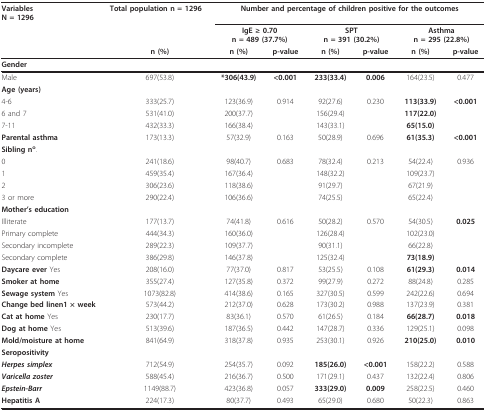
<table><thead><tr><td><b>VariablesN = 1296</b></td><td><b>Total population n = 1296</b></td><td colspan="6"><b>Number and percentage of children positive for the outcomes</b></td></tr><tr><td></td><td></td><td colspan="2"><b>IgE ≥ 0.70n = 489 (37.7%)</b></td><td colspan="2"><b>SPTn = 391 (30.2%)</b></td><td colspan="2"><b>Asthman = 295 (22.8%)</b></td></tr><tr><td></td><td><b>n (%)</b></td><td><b>n (%)</b></td><td><b>p-value</b></td><td><b>n (%)</b></td><td><b>p-value</b></td><td><b>n (%)</b></td><td><b>p-value</b></td></tr></thead><tbody><tr><td><b>Gender</b></td><td></td><td></td><td></td><td></td><td></td><td></td><td></td></tr><tr><td>Male</td><td>697(53.8)</td><td><b>*306(43.9)</b></td><td><b>&lt;0.001</b></td><td><b>233(33.4)</b></td><td><b>0.006</b></td><td>164(23.5)</td><td>0.477</td></tr><tr><td><b>Age (years)</b></td><td></td><td></td><td></td><td></td><td></td><td></td><td></td></tr><tr><td>4-6</td><td>333(25.7)</td><td>123(36.9)</td><td>0.914</td><td>92(27.6)</td><td>0.230</td><td><b>113(33.9)</b></td><td><b>&lt;0.001</b></td></tr><tr><td>6 and 7</td><td>531(41.0)</td><td>200(37.7)</td><td></td><td>156(29.4)</td><td></td><td><b>117(22.0)</b></td><td></td></tr><tr><td>7-11</td><td>432(33.3)</td><td>166(38.4)</td><td></td><td>143(33.1)</td><td></td><td><b>65(15.0)</b></td><td></td></tr><tr><td><b>Parental asthma</b></td><td>173(13.3)</td><td>57(32.9)</td><td>0.163</td><td>50(28.9)</td><td>0.696</td><td><b>61(35.3)</b></td><td><b>&lt;0.001</b></td></tr><tr><td><b>Sibling n<sup>o</sup></b>.</td><td></td><td></td><td></td><td></td><td></td><td></td><td></td></tr><tr><td>0</td><td>241(18.6)</td><td>98(40.7)</td><td>0.683</td><td>78(32.4)</td><td>0.213</td><td>54(22.4)</td><td>0.936</td></tr><tr><td>1</td><td>459(35.4)</td><td>167(36.4)</td><td></td><td>148(32.2)</td><td></td><td>109(23.7)</td><td></td></tr><tr><td>2</td><td>306(23.6)</td><td>118(38.6)</td><td></td><td>91(29.7)</td><td></td><td>67(21.9)</td><td></td></tr><tr><td>3 or more</td><td>290(22.4)</td><td>106(36.6)</td><td></td><td>74(25.5)</td><td></td><td>65(22.4)</td><td></td></tr><tr><td><b>Mother&#x27;s education</b></td><td></td><td></td><td></td><td></td><td></td><td></td><td></td></tr><tr><td>Illiterate</td><td>177(13.7)</td><td>74(41.8)</td><td>0.616</td><td>50(28.2)</td><td>0.570</td><td>54(30.5)</td><td><b>0.025</b></td></tr><tr><td>Primary complete</td><td>444(34.3)</td><td>160(36.0)</td><td></td><td>126(28.4)</td><td></td><td>102(23.0)</td><td></td></tr><tr><td>Secondary incomplete</td><td>289(22.3)</td><td>109(37.7)</td><td></td><td>90(31.1)</td><td></td><td>66(22.8)</td><td></td></tr><tr><td>Secondary complete</td><td>386(29.8)</td><td>146(37.8)</td><td></td><td>125(32.4)</td><td></td><td><b>73(18.9)</b></td><td></td></tr><tr><td><b>Daycare ever </b>Yes</td><td>208(16.0)</td><td>77(37.0)</td><td>0.817</td><td>53(25.5)</td><td>0.108</td><td><b>61(29.3)</b></td><td><b>0.014</b></td></tr><tr><td><b>Smoker at home</b></td><td>355(27.4)</td><td>127(35.8)</td><td>0.372</td><td>99(27.9)</td><td>0.272</td><td>88(24.8)</td><td>0.285</td></tr><tr><td><b>Sewage system </b>Yes</td><td>1073(82.8)</td><td>414(38.6)</td><td>0.165</td><td>327(30.5)</td><td>0.599</td><td>242(22.6)</td><td>0.694</td></tr><tr><td><b>Change bed linen1 × week</b></td><td>573(44.2)</td><td>212(37.0)</td><td>0.628</td><td>173(30.2)</td><td>0.988</td><td>137(23.9)</td><td>0.381</td></tr><tr><td><b>Cat at home </b>Yes</td><td>230(17.7)</td><td>83(36.1)</td><td>0.570</td><td>61(26.5)</td><td>0.184</td><td><b>66(28.7)</b></td><td><b>0.018</b></td></tr><tr><td><b>Dog at home </b>Yes</td><td>513(39.6)</td><td>187(36.5)</td><td>0.442</td><td>147(28.7)</td><td>0.336</td><td>129(25.1)</td><td>0.098</td></tr><tr><td><b>Mold/moisture at home</b></td><td>841(64.9)</td><td>318(37.8)</td><td>0.935</td><td>253(30.1)</td><td>0.926</td><td><b>210(25.0)</b></td><td><b>0.010</b></td></tr><tr><td><b>Seropositivity</b></td><td></td><td></td><td></td><td></td><td></td><td></td><td></td></tr><tr><td><b><i>Herpes simplex</i></b></td><td>712(54.9)</td><td>254(35.7)</td><td>0.092</td><td><b>185(26.0)</b></td><td><b>&lt;0.001</b></td><td>158(22.2)</td><td>0.588</td></tr><tr><td><b><i>Varicella zoster</i></b></td><td>588(45.4)</td><td>216(36.7)</td><td>0.500</td><td>171(29.1)</td><td>0.437</td><td>132(22.4)</td><td>0.806</td></tr><tr><td><b><i>Epstein-Barr</i></b></td><td>1149(88.7)</td><td>423(36.8)</td><td>0.057</td><td><b>333(29.0)</b></td><td><b>0.009</b></td><td>258(22.5)</td><td>0.460</td></tr><tr><td><b>Hepatitis A</b></td><td>224(17.3)</td><td>80(37.7)</td><td>0.493</td><td>65(29.0)</td><td>0.680</td><td>50(22.3)</td><td>0.863</td></tr></tbody></table>